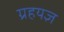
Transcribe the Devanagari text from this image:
ग्रहयज्ञ